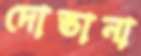
দোস্তানা